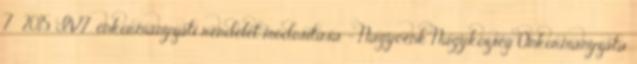
7 2015. IV.7. önkormányzati rendelet módosítása - Nagycenk Nagyközség Önkormányzata